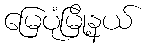
မြေပုံမြို့နယ်